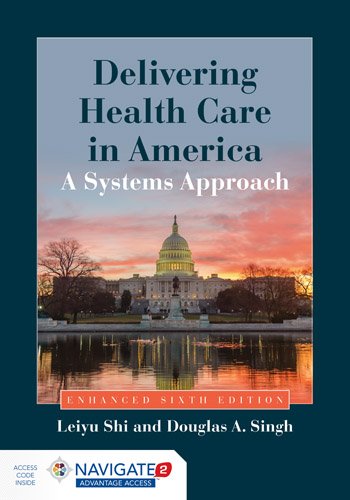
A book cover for Delivering Health Care In America: A Systems Approach; Leiyu Shi; Medical Books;